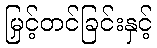
မြှင့်တင်ခြင်းနှင့်